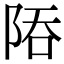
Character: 𨹙